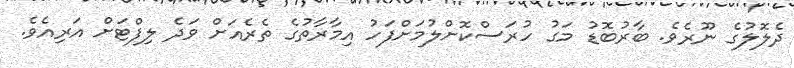
ދެލޮލުގެ ނޫރެވެ. ބާރުބޮޑު މަގު ހުރަސްކޮށްލުމަށްފަހު އިމާރާތުގެ ތެރެއަށް ވަދެ ލިފްޓަށް އަރިއެވެ.